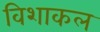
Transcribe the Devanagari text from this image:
विशाकल